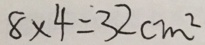
8 \times 4 = 3 2 c m ^ { 2 }